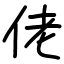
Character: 佬